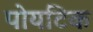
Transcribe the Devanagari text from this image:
पोयटिक